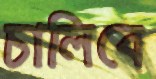
চালিবে